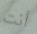
أنت